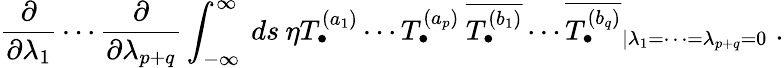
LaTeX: \frac{\partial}{\partial\lambda_{1}}\cdots\frac{\partial}{\partial\lambda_{p+q}}\int_{-\infty}^{\infty}\: ds\: \eta\left.T_{\bullet}^{(a_{1})}\cdots T_{\bullet}^{(a_{p})}\: \overline{{{T_{\bullet}^{(b_{1})}}}}\cdots\overline{{{T_{\bullet}^{(b_{q})}}}}\right._{|\lambda_{1}=\cdots=\lambda_{p+q}=0}\; .